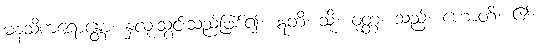
မနသိကရောန္တော၊ နှလုံးသွင်းသည်ဖြစ်၍။ ဣတိ၊ သို့။ ဝုတ္တံ၊ သည်။ ဟောတိ၊ ၏။